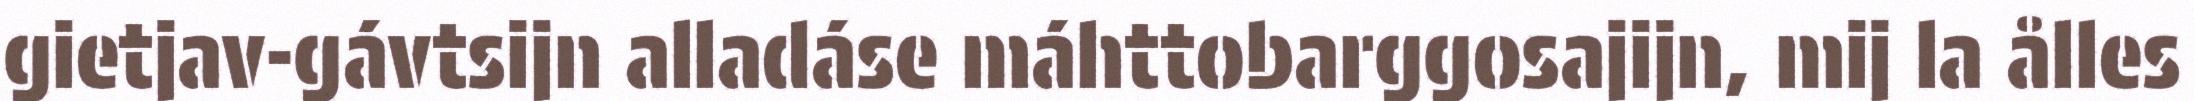
gietjav-gávtsijn alladáse máhttobarggosajijn, mij la ålles